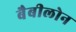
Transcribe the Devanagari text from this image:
बैबीलोन